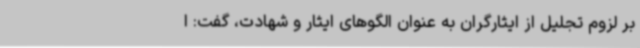
بر لزوم تجلیل از ایثارگران به عنوان الگوهای ایثار و شهادت، گفت: ا